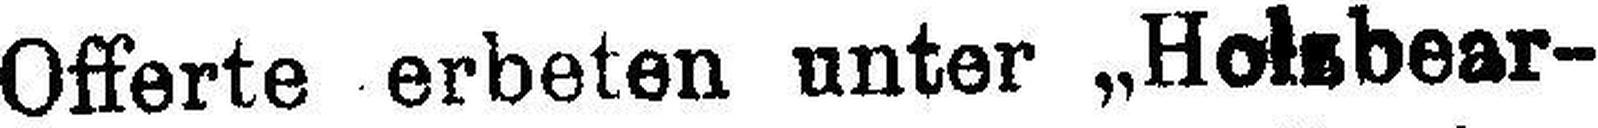
Offerte erbeten unter „Holsbear¬